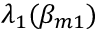
\lambda _ { 1 } ( \beta _ { m 1 } )